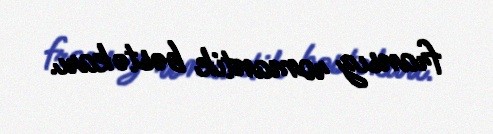
fransız romantik bəstəkarı.